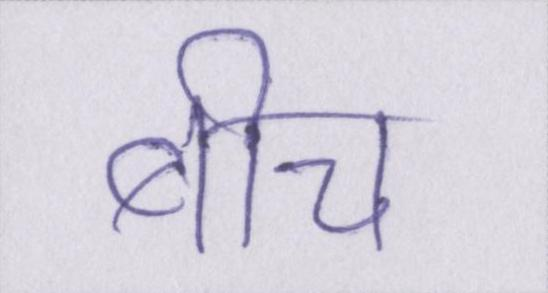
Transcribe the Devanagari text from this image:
बीच